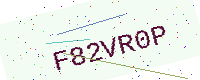
Text: F82VR0P